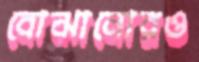
বোঝানোরও